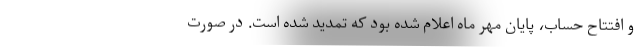
و افتتاح حساب، پایان مهر ماه اعلام شده بود که تمدید شده است. در صورت